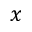
x